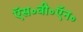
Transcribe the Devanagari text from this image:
ऍस॰बी॰ऍन॰